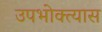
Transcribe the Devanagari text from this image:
उपभोक्त्यास